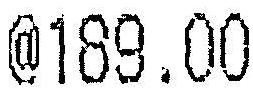
@189.00